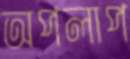
অপলাপ